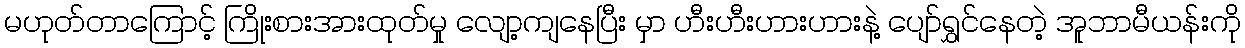
မဟုတ်တာကြောင့် ကြိုးစားအားထုတ်မှု လျော့ကျနေပြီး မှာ ဟီးဟီးဟားဟားနဲ့ ပျော်ရွှင်နေတဲ့ အူဘာမီယန်းကို